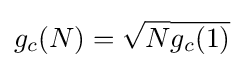
g_{c}(N)={\sqrt {N}}{\overline {g_{c}(1)}}